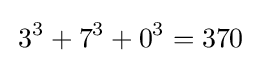
\,3^{3}+7^{3}+0^{3}=370